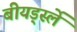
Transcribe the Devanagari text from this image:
बीयर्ड्स्ले